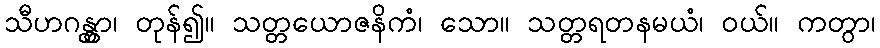
သီဟဂန္တွာ၊ တုန်၍။ သတ္တယောဇနိကံ၊ သော။ သတ္တရတနမယံ၊ ဝယ်။ ကတွာ၊